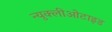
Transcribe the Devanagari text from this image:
न्युक्लीओटाइड